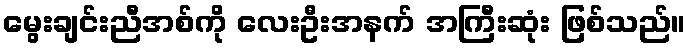
မွေးချင်းညီအစ်ကို လေးဦးအနက် အကြီးဆုံး ဖြစ်သည်။